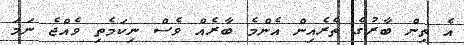
އެ ތިން ބާރުގެ ތެރެއިން އެންމެ ބާރެއް ވެސް ނިކަމެތި ވެއްޖެ ނަމަ